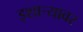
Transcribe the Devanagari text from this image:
इशार्‍यावर